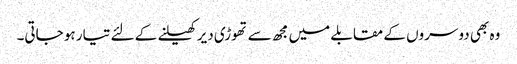
وہ بھی دوسروں کے مقابلے میں مجھ سے تھوڑی دیر کھیلنے کے لئے تیار ہو جاتی۔